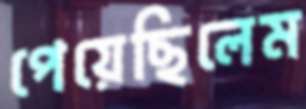
পেয়েছিলেম